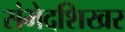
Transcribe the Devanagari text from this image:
संभेदशिखर